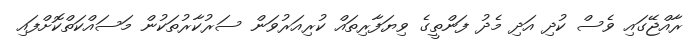
ރާއްޖޭގައި ވެސް ކުދި އަދި މެދު ފަންތީގެ ވިޔަފާރިތައް ކުރިއަރުވަން ސަރުކާރުތަކުން މަސައްކަތްކޮށްފައި